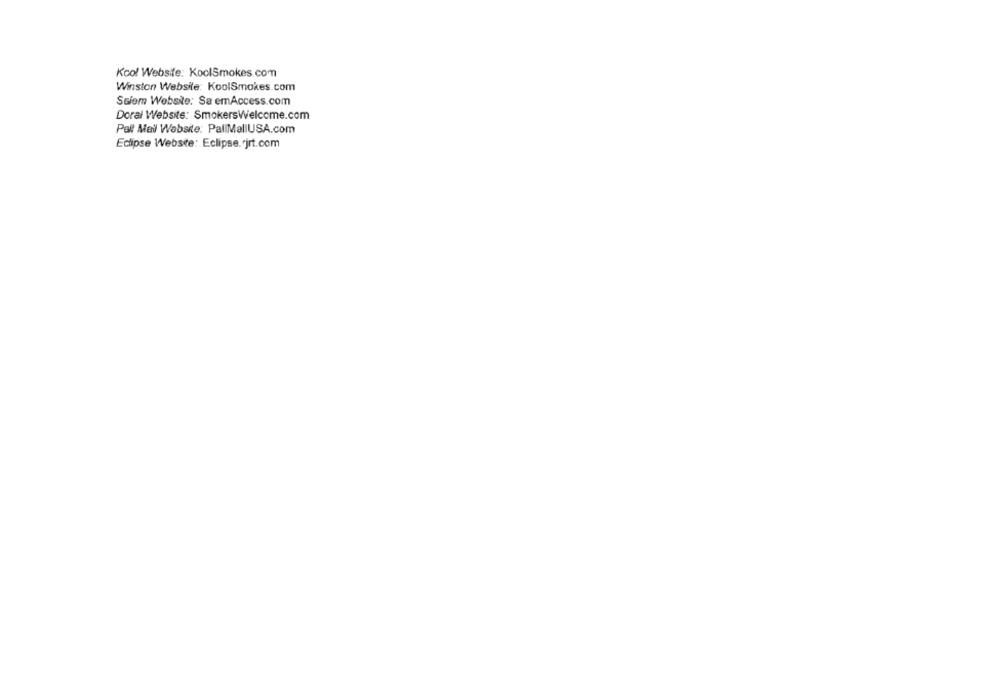
Kool Website: KoolSmokes.com
Winston Website: KoolSmokes.com
Selem Website: Sa emAccess.com
Doral Website: SmokersWelcome.com
Pall Mail Website: PallMallUSA.com
Eclipse Website: Eclipse.jrt.com